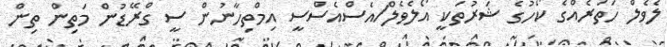
ލެެވެލް ހަތަރެއްގެ ކޯހުގެ ޝަރުތަކީ އޯލެވެލް/އެސްއެސްސީ އިމްތިހާނުން ސީ ގްރޭޑުން މަތިން ތިން